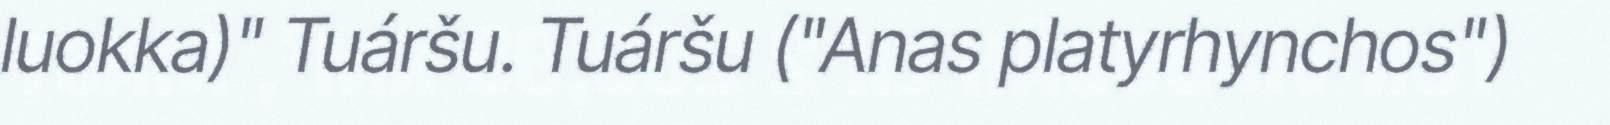
luokka)" Tuáršu. Tuáršu ("Anas platyrhynchos")